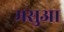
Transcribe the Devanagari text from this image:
मसुआ